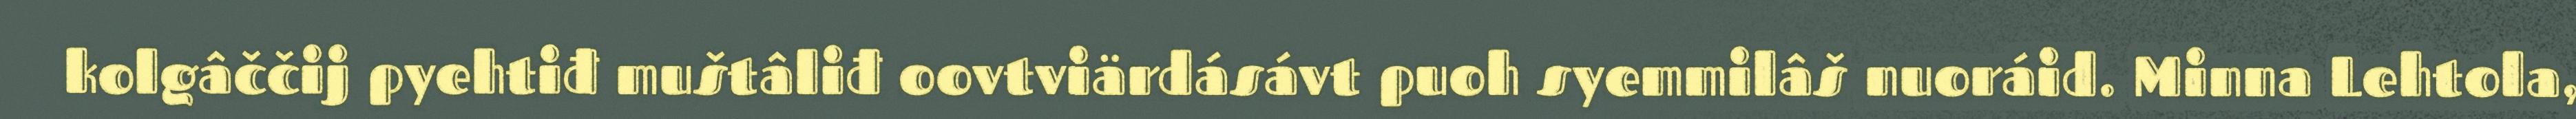
kolgâččij pyehtiđ muštâliđ oovtviärdásávt puoh syemmilâš nuoráid. Minna Lehtola,